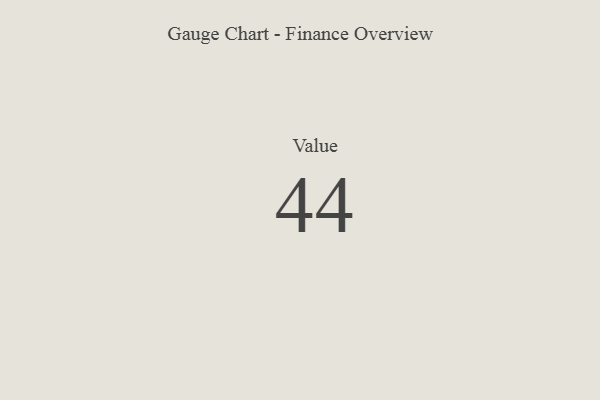
{"axis": {"x": "Metric", "y": "Value"}, "legend": [""], "data": [{"x": "Value", "y": 44, "type": ""}]}